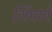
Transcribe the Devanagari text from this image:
शिंपणे